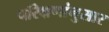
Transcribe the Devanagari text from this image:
परिक्षणांनुसार